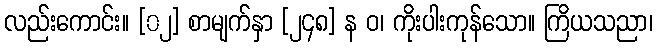
လည်းကောင်း။ [၀၂] စာမျက်နှာ [၂၄၈] န ဝ၊ ကိုးပါးကုန်သော။ ကြိယသညာ၊